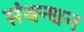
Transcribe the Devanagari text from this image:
संबन्धन